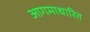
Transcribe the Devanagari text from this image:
आगमाधारित